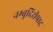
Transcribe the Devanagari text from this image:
नम्बुदिरीपाद